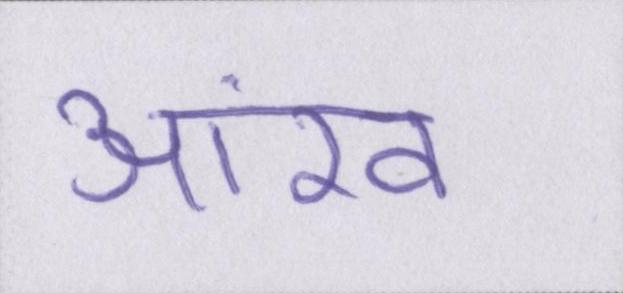
आंख